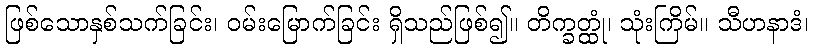
ဖြစ်သောနှစ်သက်ခြင်း၊ ဝမ်းမြောက်ခြင်း ရှိသည်ဖြစ်၍။ တိက္ခတ္ထုံ၊ သုံးကြိမ်။ သီဟနာဒံ၊